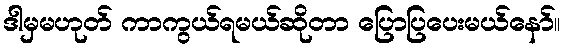
ဒါမှမဟုတ် ကာကွယ်ရမယ်ဆိုတာ ပြောပြပေးမယ်နော်။